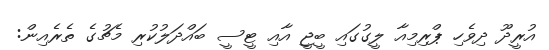
އުރީދޫ ދިވެހި ޕްރިމިއާ ލީގުގައި ބީޖީ އާއި ޓީސީ ބައްދަލުކުރި މެޗުގެ ތެރެއިން: